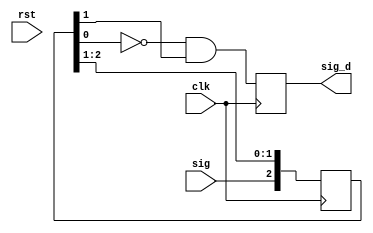
`timescale 1ns / 1ps
//////////////////////////////////////////////////////////////////////////////////
// Company: 
// Engineer: 
// 
// Design Name: 
// Module Name:    debouncer 
// Project Name: 
// Target Devices: 
// Tool versions: 
// Description: 
//
// Dependencies: 
//
// Revision: 
// Revision 0.01 - File Created
// Additional Comments: 
//
//////////////////////////////////////////////////////////////////////////////////
module debouncer(clk, rst, sig, sig_d);
  input clk;
  input rst;
  input sig;
  output sig_d;
  
  reg [2:0] sigcnt;
  reg d;
  
  assign sig_d = d;
  
  always @ (posedge clk) begin
    if (rst) begin
      sigcnt <= 0;
      d <= 0;
    end
    sigcnt [2:0] <= {sig, sigcnt[2:1]};
    d <= ~sigcnt[0] & sigcnt[1];
  end


endmodule